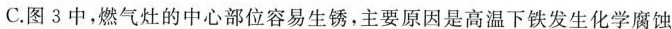
C.图3中，燃气灶的中心部位容易生锈，主要原因是高温下铁发生化学腐蚀